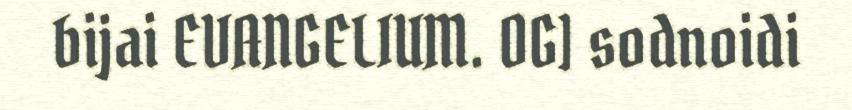
bijai EVANGELIUM. OG] sodnoidi